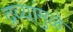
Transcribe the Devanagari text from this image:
द्रव्यांमुळे